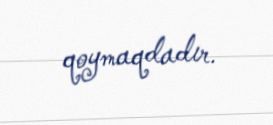
qoymaqdadır.